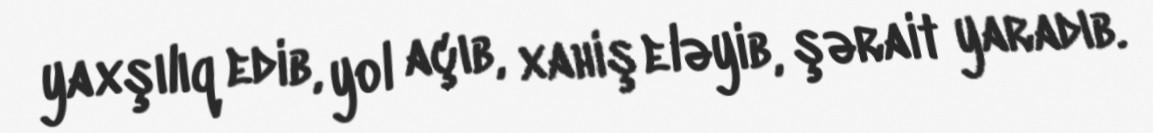
yaxşılıq edib, yol açıb, xahiş eləyib, şərait yaradıb.